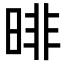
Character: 㫵